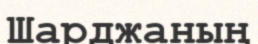
Шарджаның